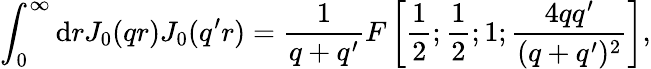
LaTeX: \int_{0}^{\infty}\mathrm{d}rJ_{0}(qr)J_{0}(q^{\prime}r)=\frac{1}{{q+q^{\prime}}}F\left[\frac{1}{{2}};\frac{1}{{2}};1;\frac{{4qq^{\prime}}}{{(q+q^{\prime})^{2}}}\right],